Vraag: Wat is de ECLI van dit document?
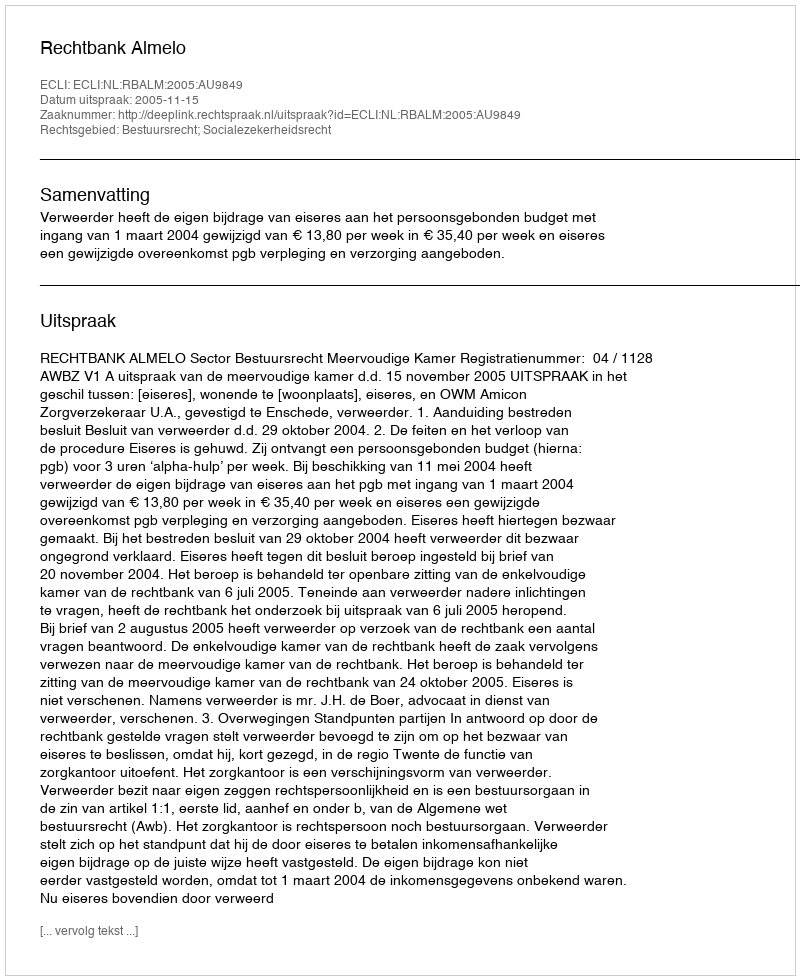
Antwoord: ECLI:NL:RBALM:2005:AU9849